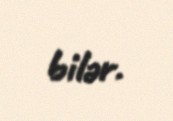
bilər.